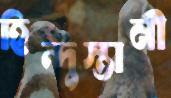
হিন্দুস্তানী